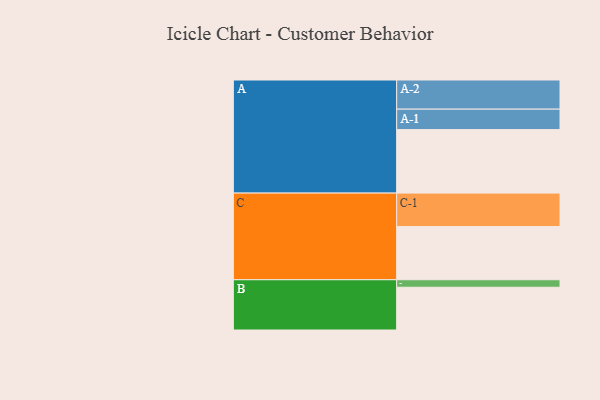
{"axis": {"x": "Segment", "y": "Value"}, "legend": ["", "A", "B", "C"], "data": [{"x": "A", "y": 499, "type": ""}, {"x": "B", "y": 336, "type": ""}, {"x": "C", "y": 418, "type": ""}, {"x": "A-1", "y": 161, "type": "A"}, {"x": "A-2", "y": 229, "type": "A"}, {"x": "B-1", "y": 59, "type": "B"}, {"x": "C-1", "y": 263, "type": "C"}]}